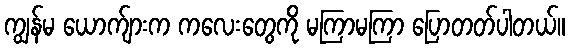
ကျွန်မ ယောက်ျားက ကလေးတွေကို မကြာမကြာ ပြောတတ်ပါတယ်။